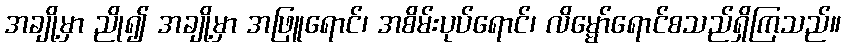
အချို့မှာ ညို၍ အချို့မှာ အဖြူရောင်၊ အစိမ်းပုပ်ရောင်၊ လိမ္မော်ရောင်စသည်ရှိကြသည်။